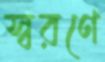
স্বরণে